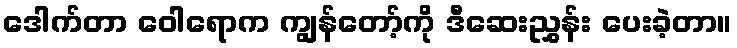
ဒေါက်တာ ဝေါရောက ကျွန်တော့်ကို ဒီဆေးညွှန်း ပေးခဲ့တာ။